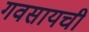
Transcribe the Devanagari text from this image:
गवसायची